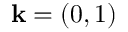
\mathbf { k } = ( 0 , 1 )